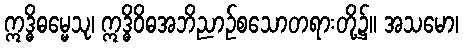
ဣဒ္ဓိဓမ္မေသု၊ ဣဒ္ဓိဝိဓအဘိညာဉ်စသောတရားတို့၌။ အသမော၊